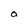
Character: a